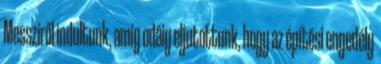
Messziről indultunk, amíg odáig eljutottunk, hogy az építési engedély